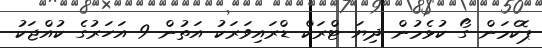
ޕޮކެމަން ގޯ ކުޅެމުން ދިޔަ ޓްރަކް ޑްރައިވަރަކު އަތުން 9 އަހަރުގެ ކުއްޖަކު